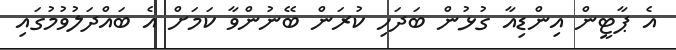
އެ ޕާޓީން އިންޑިއާ ގުޅުން ބަދަހި ކުރަން ބޭނުންވާ ކަމަށް އެ ބައްދަލުވުމުގައި